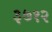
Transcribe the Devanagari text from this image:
३७१२